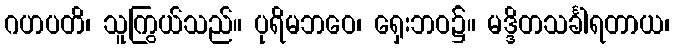
ဂဟပတိ၊ သူကြွယ်သည်။ ပုရိမဘဝေ၊ ရှေးဘဝ၌။ မဒ္ဒိတသင်္ခါရတာယ၊